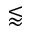
\lessapprox